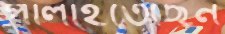
পালাইতেছেন